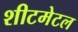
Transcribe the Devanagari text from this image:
शीटमेटल